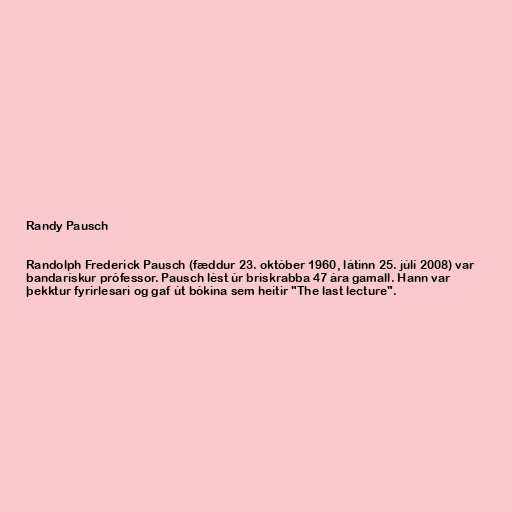
Randy Pausch

Randolph Frederick Pausch (fæddur 23. október 1960, látinn 25. júlí 2008) var
bandarískur prófessor. Pausch lést úr briskrabba 47 ára gamall. Hann var
þekktur fyrirlesari og gaf út bókina sem heitir "The last lecture".